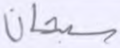
سبحان